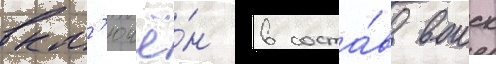
вкл'ючё́н в соста́в воиск